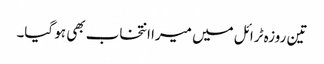
تین روزہ ٹرائل میں میرا انتخاب بھی ہو گیا۔